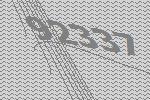
92337